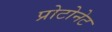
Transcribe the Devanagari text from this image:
प्रोटोनेट